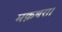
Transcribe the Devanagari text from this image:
मक़बरा।